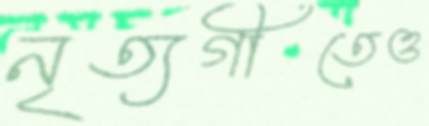
নৃত্যগীতেও